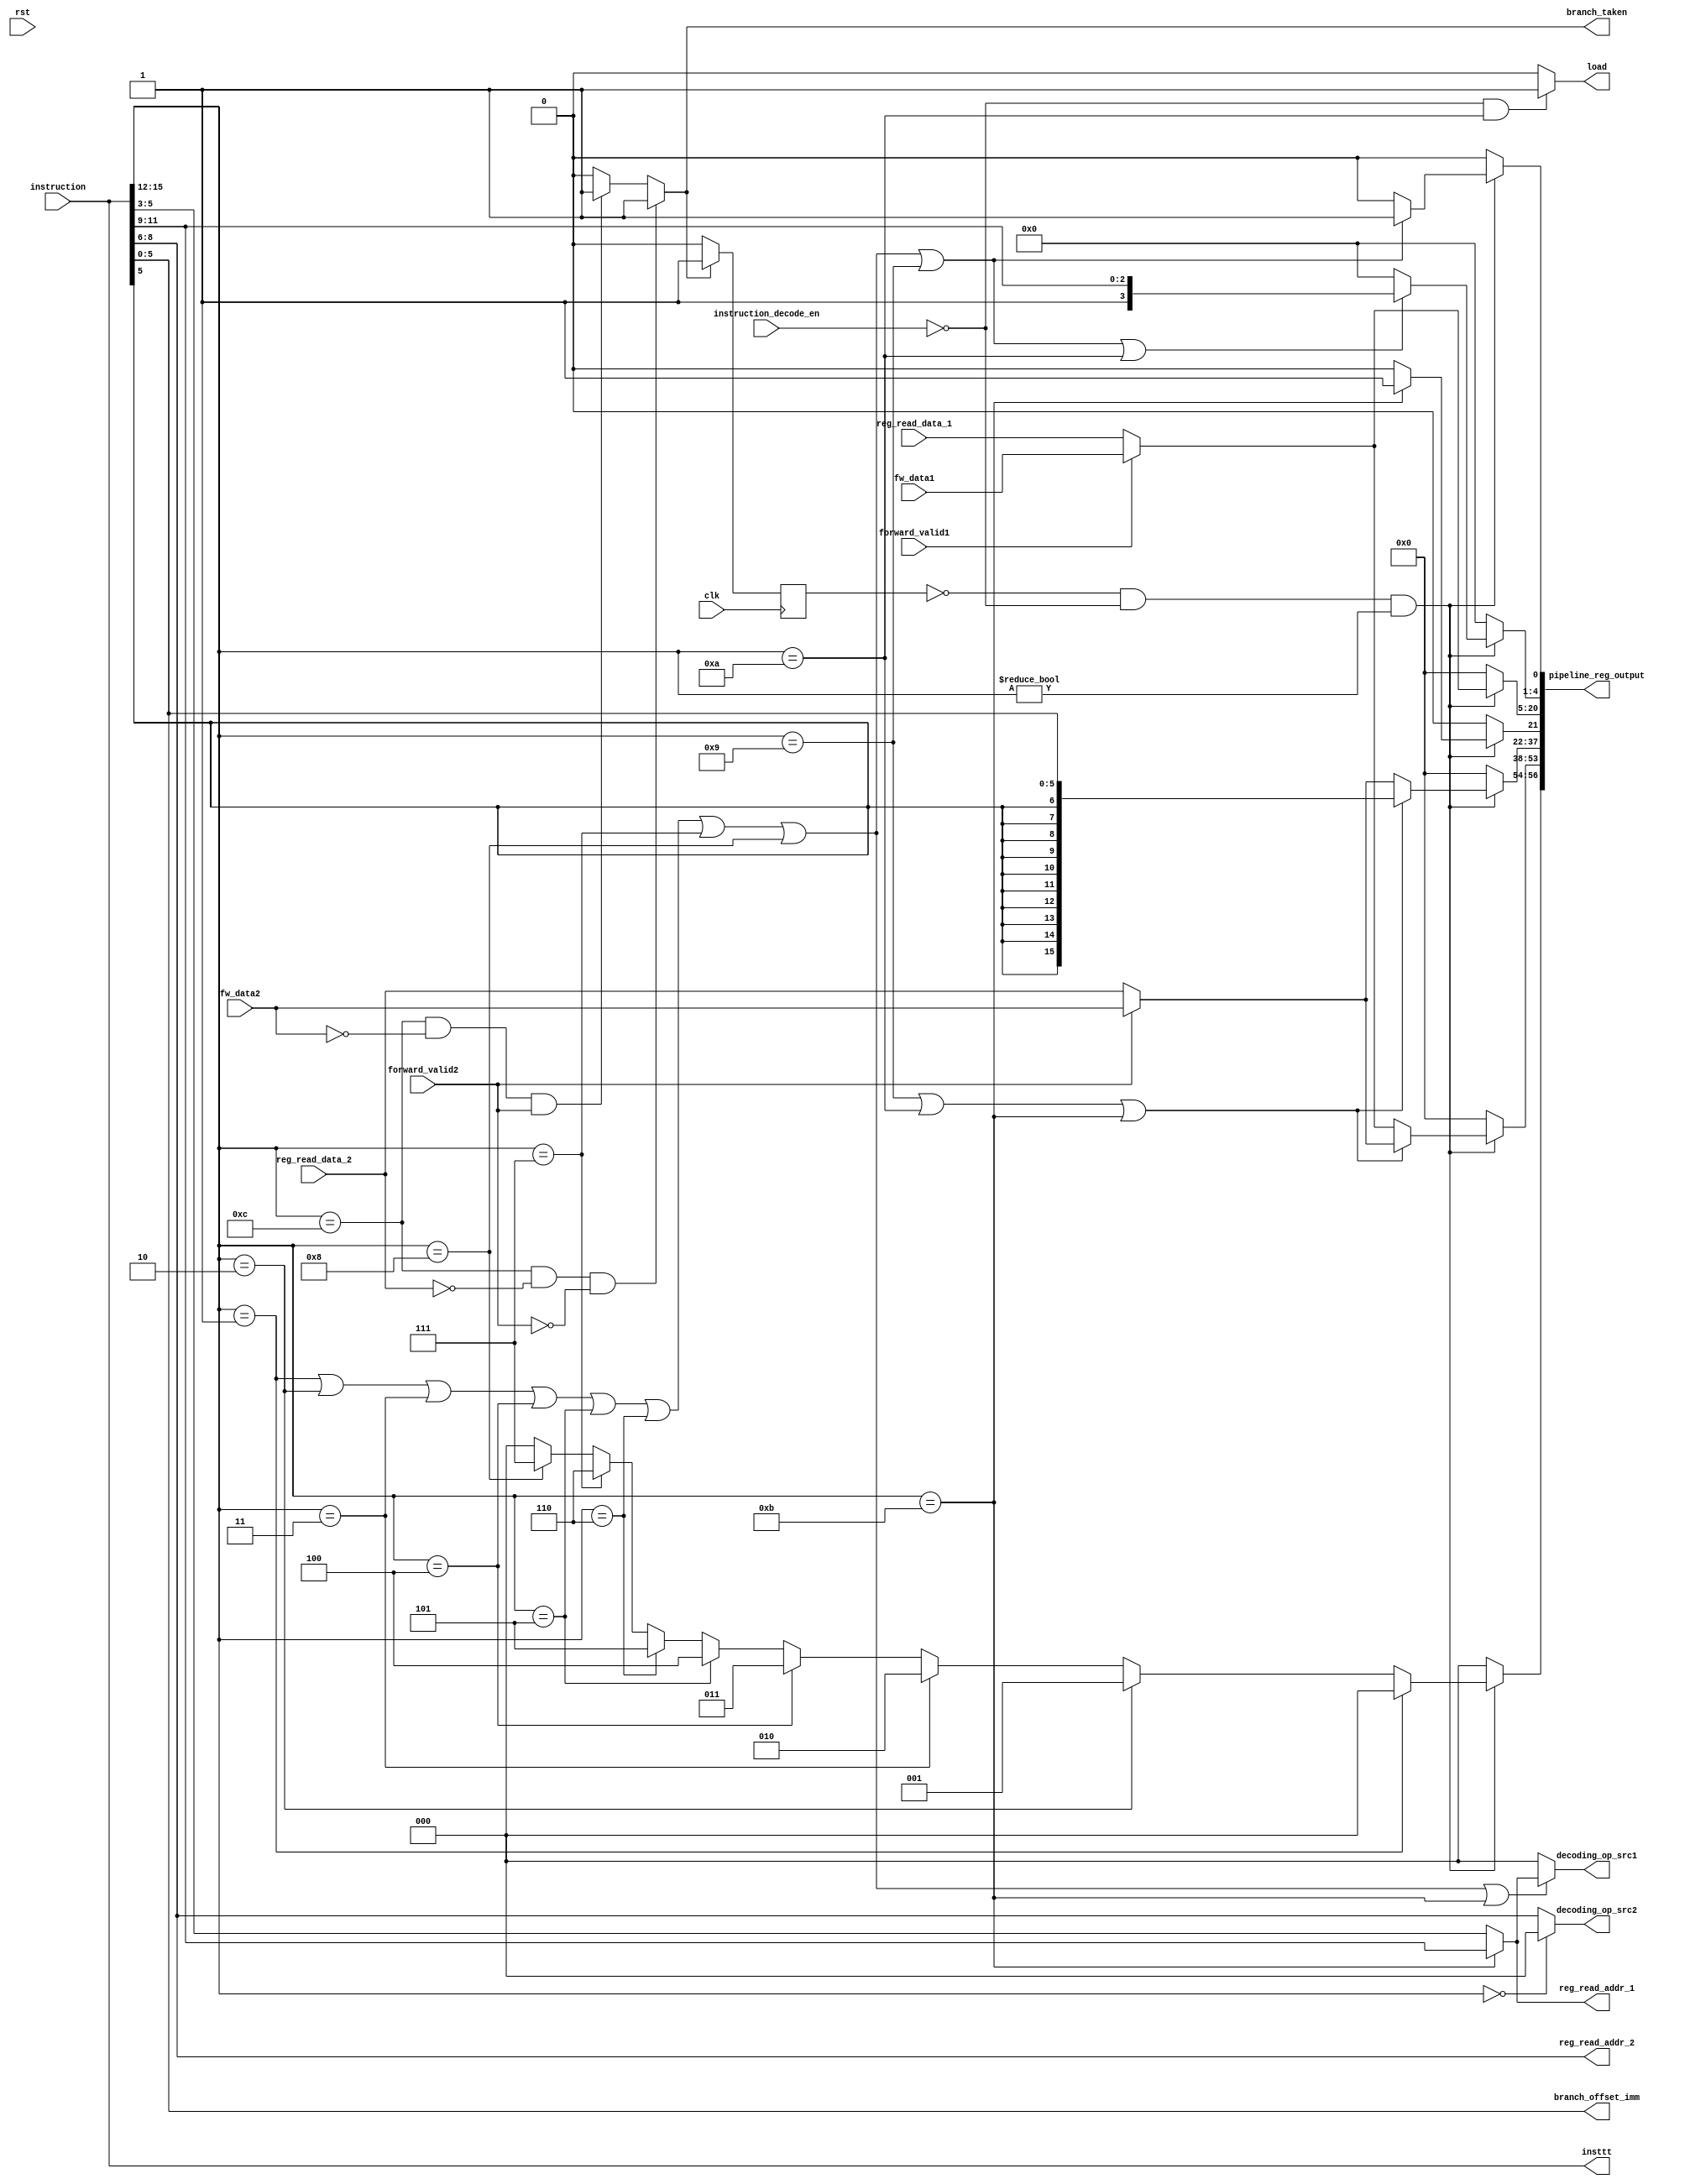
module ID_stage(input clk, rst, instruction_decode_en,
						output reg[56:0] pipeline_reg_output,
						//
						input [15:0] instruction,
						output [5:0] branch_offset_imm,
						output reg branch_taken,
						//
						output [2:0] reg_read_addr_1,
						output [2:0] reg_read_addr_2,
						input [15:0] reg_read_data_1,
						input [15:0] reg_read_data_2,
						//
						output [2:0] decoding_op_src1,
						output [2:0] decoding_op_src2,
						output load,
						input [15:0] fw_data1,fw_data2,
						input forward_valid1,forward_valid2,
						output [15:0] insttt //xxxxxx
						
						
						);
						
						assign insttt=instruction; //xxxxxx
						reg branch_taken_enable=1'b0;
						assign reg_read_addr_1=  instruction[15:12]==4'b1011 ? instruction[11:9] :  instruction[5:3];
						assign reg_read_addr_2=instruction[8:6];
						assign branch_offset_imm=instruction[5:0];
					   assign decoding_op_src1=((instruction[15:12]==4'b0001) || (instruction[15:12]==4'b0010) || 
													  (instruction[15:12]==4'b0011) || (instruction[15:12]==4'b0100) ||
													  (instruction[15:12]==4'b0101) || (instruction[15:12]==4'b0110) ||
													  (instruction[15:12]==4'b0111) || (instruction[15:12]==4'b1000) ||
													  (instruction[15:12]==4'b1011))
													  ?reg_read_addr_1:3'd0;
					   assign decoding_op_src2=(instruction[15:12]==4'b0000)
													  ?3'd0:instruction[8:6];
						assign load=((instruction_decode_en==1'b0) && (instruction[15:12]==4'b1010))?1'b1:1'b0;
						
						always@(*)begin
							if(branch_taken_enable==1'b0 && instruction_decode_en==1'b0 && instruction[15:12]!=4'b0000)begin
								pipeline_reg_output[56:54] =   (instruction[15:12]==4'b0001)?3'b000:
																		((instruction[15:12]==4'b0010)?3'b001:
																		((instruction[15:12]==4'b0011)?3'b010:
																		((instruction[15:12]==4'b0100)?3'b011:
																		((instruction[15:12]==4'b0101)?3'b100:
																		((instruction[15:12]==4'b0110)?3'b101:
																		((instruction[15:12]==4'b0111)?3'b110:
																		((instruction[15:12]==4'b1000)?3'b111:3'b000)))))));
																			
								pipeline_reg_output[4:1]  =((instruction[15:12]==4'b0001) || (instruction[15:12]==4'b0010) || 
																	 (instruction[15:12]==4'b0011) || (instruction[15:12]==4'b0100) ||
																	 (instruction[15:12]==4'b0101) || (instruction[15:12]==4'b0110) ||
																	 (instruction[15:12]==4'b0111) || (instruction[15:12]==4'b1000) ||
																	 (instruction[15:12]==4'b1001) || (instruction[15:12]==4'b1010)) 
																	 ? ({1'b1,instruction[11:9]}) : 4'd0;
								pipeline_reg_output[0]  =((instruction[15:12]==4'b0001) || (instruction[15:12]==4'b0010) || 
																	 (instruction[15:12]==4'b0011) || (instruction[15:12]==4'b0100) ||
																	 (instruction[15:12]==4'b0101) || (instruction[15:12]==4'b0110) ||
																	 (instruction[15:12]==4'b0111) || (instruction[15:12]==4'b1000) ||
																	 (instruction[15:12]==4'b1001) )
																	 ? 1'b1 : 1'b0;
																	
								pipeline_reg_output[53:38]=(instruction[15:12]==4'b1001 || instruction[15:12]==4'b1010 || instruction[15:12]==4'b1011)?
									 ((forward_valid2==1'b1)?fw_data2:reg_read_data_2)
									:((forward_valid1==1'b1)?fw_data1:reg_read_data_1);
									
								pipeline_reg_output[37:22]=(instruction[15:12]==4'b1001 || instruction[15:12]==4'b1010 || instruction[15:12]==4'b1011)?
									 ({instruction[5],instruction[5],instruction[5],instruction[5],instruction[5],instruction[5],instruction[5],instruction[5],instruction[5],instruction[5],instruction[5:0]})
									:((forward_valid2==1'b1)?fw_data2:reg_read_data_2);
									
									
								pipeline_reg_output[21]= instruction[15:12]==4'b1011 ? 1'b1 : 1'b0;
								pipeline_reg_output[20:5]=(forward_valid1==1'b1)?fw_data1:reg_read_data_1 ;
								
								
					
							end
							else begin
								pipeline_reg_output=57'd0;
							end
							
						
							if(instruction[15:12]==4'b1100 && reg_read_data_2==16'd0 && (forward_valid2==1'b0))begin
								branch_taken=1'b1;
							end
							else if(instruction[15:12]==4'b1100 && fw_data2==16'd0 && (forward_valid2==1'b1))begin
								branch_taken=1'b1;
							end
							else begin
								branch_taken=1'b0;
							end
						end
						
						
						
						always@(posedge clk) begin
							if(branch_taken==1'b1)
								branch_taken_enable=1'b1;
							else
								branch_taken_enable=1'b0;
						end
								
					
endmodule